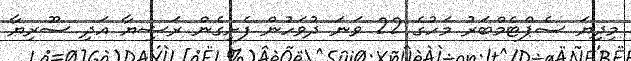
މިދިޔަ ސެޕްޓެމްބަރު މަހުގެ 22 ވަނަ ދުވަހުން ފެށިގެން ރަޝިޔާ އަދި ސޫރިޔާ